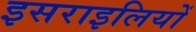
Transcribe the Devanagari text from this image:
इसराइलियों